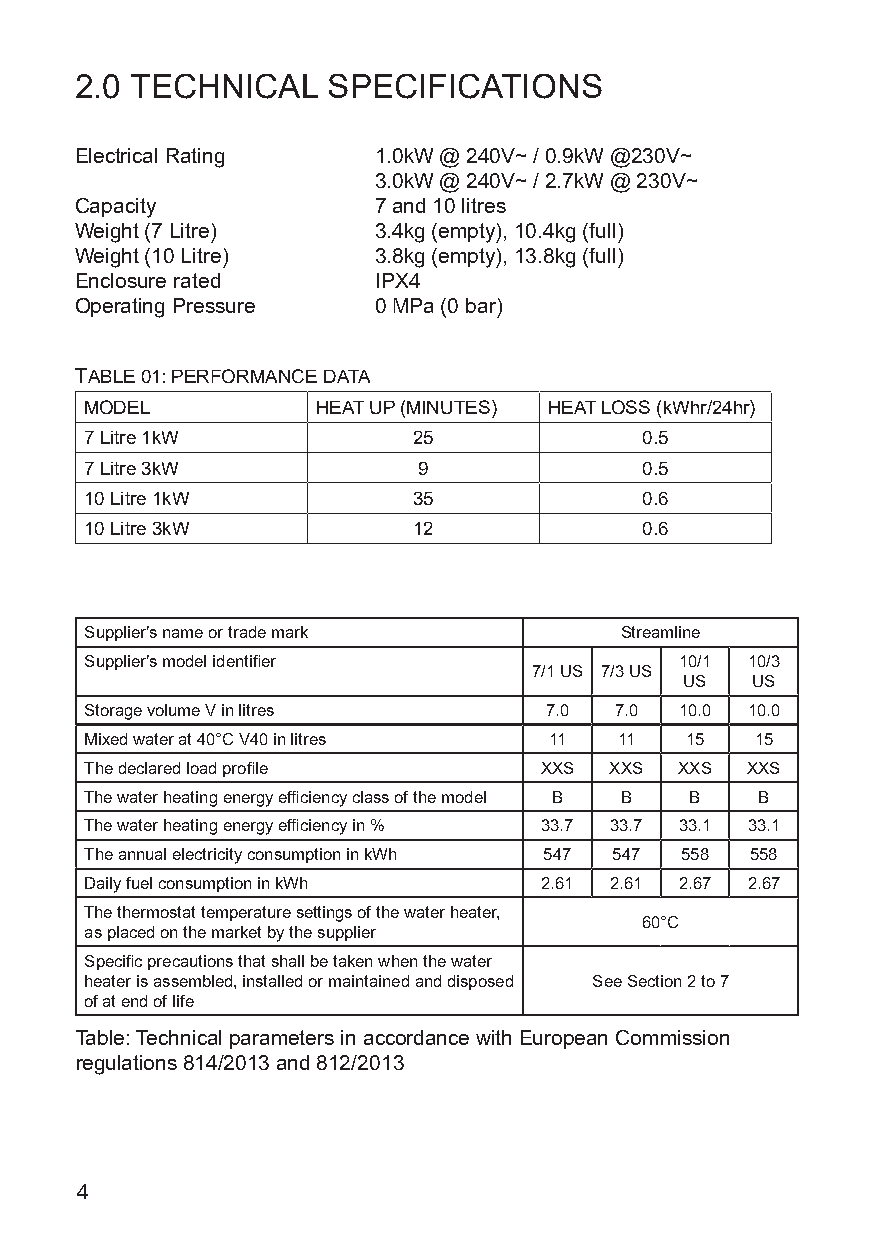
2.0 TECHNICAL    SPECIFICATIONS
 Electrical Rating   1.0kW @ 240V~ / 0.9kW @230V~
 3.0kW @ 240V~ / 2.7kW @ 230V~
 Capacity            7 and 10 litres
 Weight (7 Litre)    3.4kg (empty), 10.4kg (full)
 Weight (10 Litre)   3.8kg (empty), 13.8kg (full)
 Enclosure rated     IPX4
 Operating Pressure  0 MPa (0 bar)
 TABLE 01: PERFORMANCE DATA
 MODEL          HEAT UP (MINUTES) HEAT LOSS (kWhr/24hr)
 7 Litre 1kW          25             0.5
 7 Litre 3kW           9             0.5
 10 Litre 1kW         35             0.6
 10 Litre 3kW         12             0.6
 Supplier’s name or trade mark      Streamline
 Supplier’s model identifier            10/1 10/3
 7/1 US 7/3 US
 US   US
 Storage volume V in litres    7.0  7.0 10.0 10.0
 Mixed water at 40°C V40 in litres 11 11 15  15
 The declared load profile     XXS XXS  XXS XXS
 The water heating energy efficiency class of the model B B B B
 The water heating energy efficiency in % 33.7 33.7 33.1 33.1
 The annual electricity consumption in kWh 547 547 558 558
 Daily fuel consumption in kWh 2.61 2.61 2.67 2.67
 The thermostat temperature settings of the water heater,
 60°C
 as placed on the market by the supplier
 Specific precautions that shall be taken when the water
 heater is assembled, installed or maintained and disposed See Section 2 to 7
 of at end of life
 Table: Technical parameters in accordance with European Commission
 regulations 814/2013 and 812/2013
 4